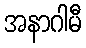
အနာဂါမီ